Annual report on the working of the mental hospitals in the Madras Presidency - 1912-1932
Year: 1912
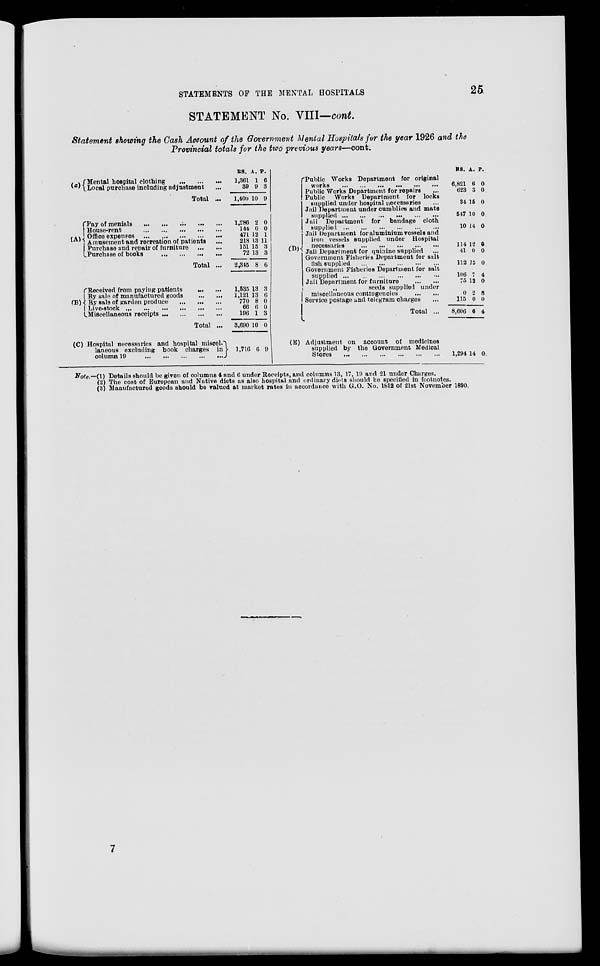
STATEMENTS OF THE MENTAL HOSPITALS
25
STATEMENT No. VIII—cont.
Statement showing the Cash Account of the Government Mental Hospitals for the year 1926 and the
Provincial totals for the two previous years—cont.
(z)
Mental hospital clothing
...
...
...
Local purchase including adjustment ...
Total ...
(A)
Pay of menials
...
...
...
...
...
House-rent
...
...
...
...
...
Office expenses
...
...
...
...
...
Amusement and recreation of patients ...
Purchase and repair of furniture
...
...
Purchase of books
...
...
...
...
Total ...
(B)
Received from paying patients
... ...
By sale of manufactured goods
...
...
By sale of garden produce ... ... ...
Live-stock
...
...
...
...
...
...
Miscellaneous receipts ... ... ... ...
Total ...
(C) Hospital necessaries and hospital miscel-
laneous excluding book charges in
column 19
...
...
...
...
...
RS.
1,361
39
1,400
1,286
144
471
218
151
72
2,345
1,535
1,121
770
66
196
3,690
1,716
A.
1
9
10
2
0
12
13
15
13
8
13
13
8
6
1
10
6
P.
6
3
9
0
0
1
11
3
3
6
3
6
0
0
3
0
9
(D)
(E)
Public Works Department for original
works ... ... ... ... ... ...
Public Works Department for repairs ...
Public Works Department for locks
supplied under hospital necessaries ...
Jail Department under cumblies and mats
supplied
...
...
...
...
...
...
Jail Department for bandage cloth
supplied
...
...
...
...
...
...
Jail Department for aluminium vessels and
iron vessels supplied under Hospital
necessaries
...
...
...
...
...
Jail Department for quinine supplied ...
Government Fisheries Department for salt
fish supplied
...
...
...
...
...
Government Fisheries Department for salt
supplied
...
...
...
...
...
...
Jail Department for furniture
...
...
„
seeds supplied under
miscellaneous contingencies
...
...
Service postage and telegram charges ...
Total ...
Adjustment on account of medicines
supplied by the Government Medical
Stores
...
...
...
...
...
...
RS.
6,821
623
34
547
10
114
41
112
106
75
0
115
8,606
1,294
A.
6
3
15
10
14
12
0
15
7
12
2
0
6
14
P.
0
0
0
0
0
0
0
0
4
0
8
0
4
0
Note.—(1) Details should be given of columns 4 and 6 under Receipts, and columns 13, 17, 19 and 21 under Charges.
(2) The cost of European and Native diets as also hospital and ordinary diets should be specified in footnotes.
(3) Manufactured goods should be valued at market rates in accordance with G.O. No. 1852 of 21st November 1890.
7